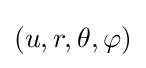
(u,r,\theta ,\varphi )